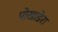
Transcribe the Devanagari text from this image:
पोखाडेरा